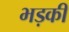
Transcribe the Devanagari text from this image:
भड़कीं